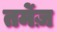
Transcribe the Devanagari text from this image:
तर्मेज़